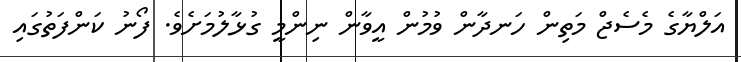
އަލްޔާގެ މެސެޖް މަތިން ހަނދާން ވުމުން އީވާން ނިންމީ ގުޅާލުމަށެވެ. ފޯނު ކަންފަތުގައި